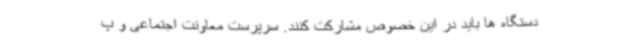
دستگاه ها باید در این خصوص مشارکت کنند. سرپرست معاونت اجتماعی و پ